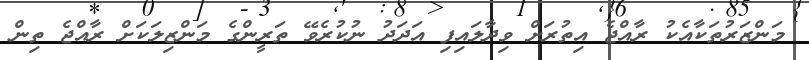
މަންޒަރުތަކާއެކު ރާއްޖެ އިތުރަށް ވިދާލައިިފި އަދަދު ނުކުރެވޭ ތަރީންގެ މަންޒިލަކަށް ރާއްޖެ ތިން